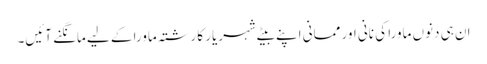
ان ہی دنوں ماورا کی نانی اور ممانی اپنے بیٹے شہریار کا رشتہ ماورا کے لیے مانگنے آئیں۔